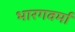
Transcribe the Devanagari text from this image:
भारगवर्मा